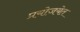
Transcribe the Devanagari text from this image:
प्रयोजयेत